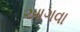
આગવા